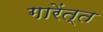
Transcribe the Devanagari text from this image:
गारेंत्त